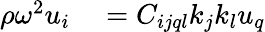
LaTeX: \begin{array}{rl}{\rho\omega^{2}u_{i}}&{{}=C_{ijql}k_{j}k_{l}u_{q}}\end{array}